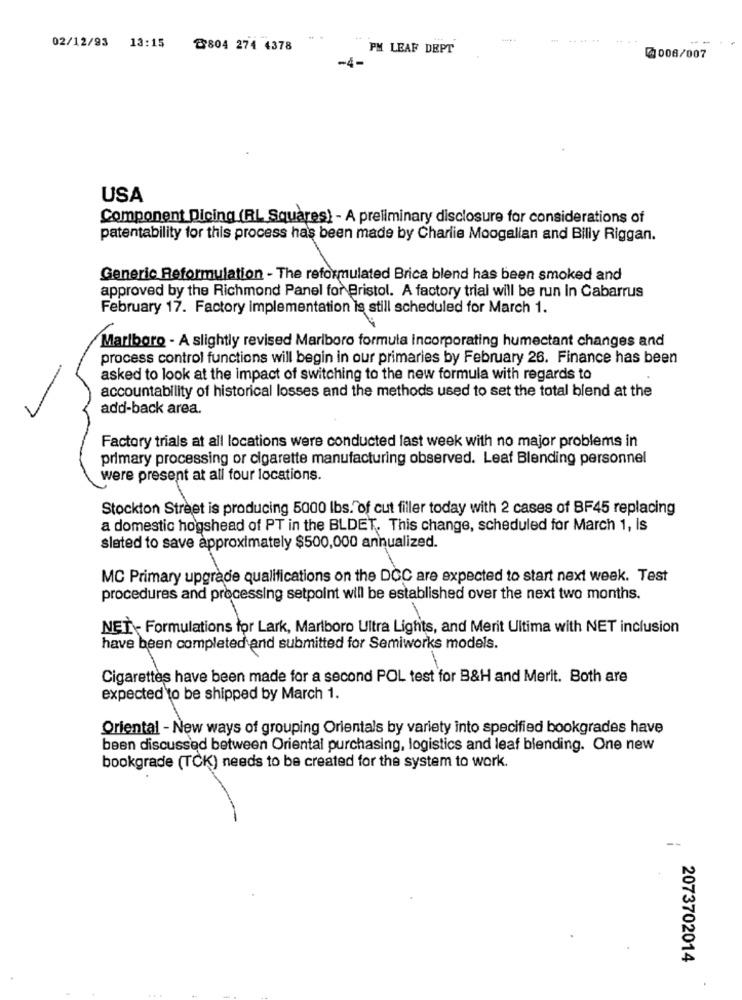
....
02/12/93 13:15
@804 274 4378
PM LEAF DEPT
-4-
0006/007
USA
Component Dicing (RL Squares) - A preliminary disclosure for considerations of
patentability for this process has been made by Charlie Moogalian and Billy Riggan.
Generic Reformulation - The reformulated Brica blend has been smoked and
approved by the Richmond Panel for Bristol. A factory trial will be run In Cabarrus
February 17. Factory implementation is still scheduled for March 1.
Marlboro - A slightly revised Marlboro formula incorporating humectant changes and
process control functions will begin in our primaries by February 26. Finance has been
asked to look at the impact of switching to the new formula with regards to
accountability of historical losses and the methods used to set the total blend at the
add-back area.
Factory trials at all locations were conducted last week with no major problems in
primary processing or cigarette manufacturing observed. Leaf Blending personnel
were present at all four locations.
Stockton Street is producing 5000 lbs. of cut filler today with 2 cases of BF45 replacing
a domestic hogshead of PT in the BLDET. This change, scheduled for March 1, Is
slated to save approximately $500,000 annualized.
MC Primary upgrade qualifications on the DCC are expected to start next week. Test
procedures and processing setpoint will be established over the next two months.
ayugres
NET- Formulations for Lark, Marlboro Ultra Lights, and Merit Ultima with NET inclusion
have been completed and submitted for Semiworks models.
Cigarettes have been made for a second POL test for B&H and Merit. Both are
expected to be shipped by March 1.
Oriental - New ways of grouping Orientals by variety into specified bookgrades have
been discussed between Oriental purchasing, logistics and leaf blending. One new
bookgrade (TCK) needs to be created for the system to work.
--
2073702014